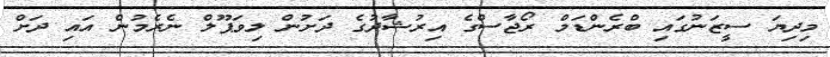
މިދިޔަ ސީޒަނުގައި ބްރެންޑަމް ރޯޖާސްގެ އިރުޝާދުގެ ދަށުން ލިވަޕޫލް ނެރެމުން އައި ދަށް